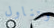
وتناول